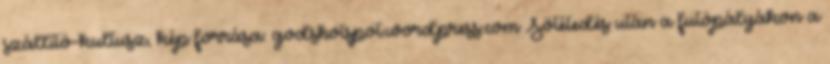
szállító-kultusz, kép forrása: godshotspot.wordpress.com Sötétedés után a futópályákon a